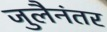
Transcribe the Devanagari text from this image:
जुलैनंतर